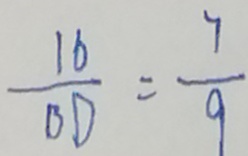
\frac { 1 6 } { B D } = \frac { 7 } { 9 }